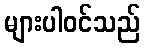
များပါဝင်သည်